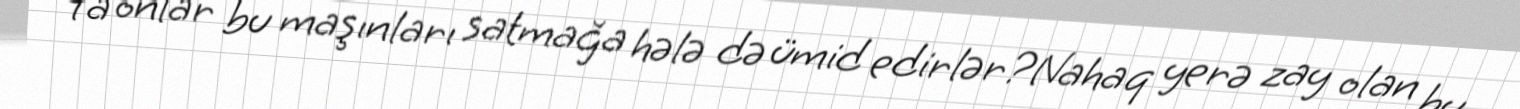
Ya onlar bu maşınları satmağa hələ də ümid edirlər?Nahaq yerə zay olan bu